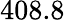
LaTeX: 408.8